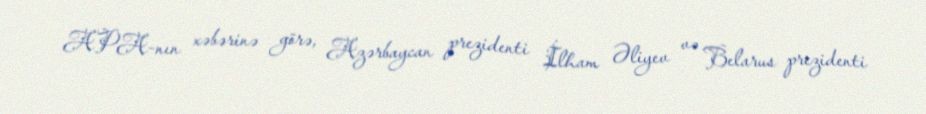
APA-nın xəbərinə görə, Azərbaycan prezidenti İlham Əliyev və Belarus prezidenti